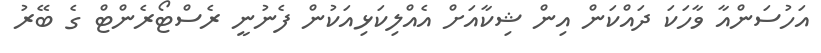
އަހުސަންއާ ވާހަކަ ދައްކަން އިން ޝިކާއަށް އެއްލިކަޅިއަކުން ފެނުނީ ރެސްޓޯރެންޓް ގެ ބޭރު